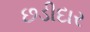
છડીદાર